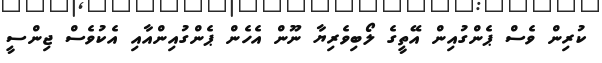
ކުރިން ވެސް ޕެންގުއިން އޭތީގެ ލޯބިވެރިޔާ ނޫން އެހެން ޕެންގުއިންއާއި އެކުވެސް ޖިންސީ